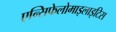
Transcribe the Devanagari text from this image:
एन्सिफेलोमाइलाइटिस